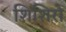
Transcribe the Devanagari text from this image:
शिशिरो